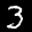
Label: 3